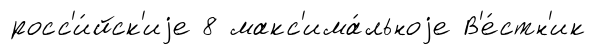
росс'и́йск'иjе 8 макс'има́льноjе В'е́стн'ик